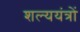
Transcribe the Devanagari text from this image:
शल्ययंत्रों